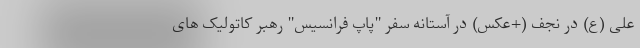
علی (ع) در نجف (+عکس) در آستانه سفر "پاپ فرانسیس" رهبر کاتولیک های